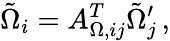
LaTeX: \tilde{\Omega}_{i}=A_{\Omega,ij}^{T}\tilde{\Omega}_{j}^{\prime}\, ,